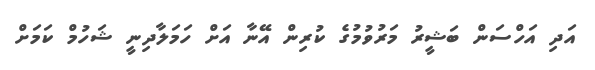
އަދި އަހްސަން ބަޝީރު މަރުވުމުގެ ކުރިން އޭނާ އަށް ހަމަލާދިނީ ޝަހުމް ކަމަށް